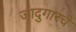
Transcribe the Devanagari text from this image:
जादुगारचे